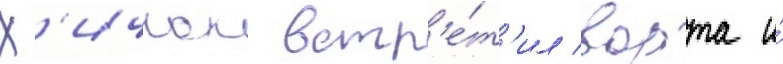
Х'ичкок встр'е́т'ил ворта и́